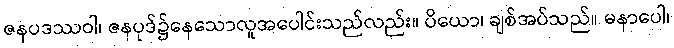
ဇနပဒဿဝါ၊ ဇနပုဒ်၌နေသောလူအပေါင်းသည်လည်း။ ပိယော၊ ချစ်အပ်သည်။ မနာပေါ၊